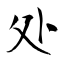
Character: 处